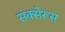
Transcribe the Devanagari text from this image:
सक्सेरूस